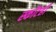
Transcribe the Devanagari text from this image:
स्कॉटही